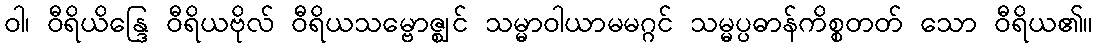
ဝါ၊ ဝီရိယိန္ဒြေ ဝီရိယဗိုလ် ဝီရိယသမ္ဗောဇ္ဈင် သမ္မာဝါယာမမဂ္ဂင် သမ္မပ္ပဓာန်ကိစ္စတတ် သော ဝီရိယ၏။